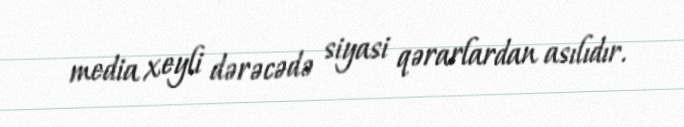
media xeyli dərəcədə siyasi qərarlardan asılıdır.